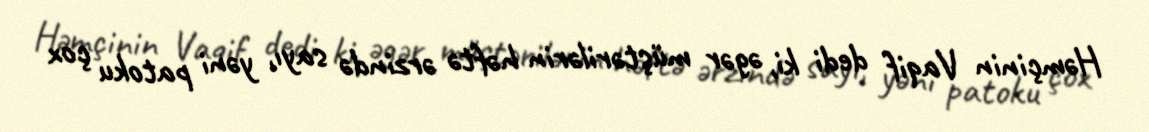
Həmçinin Vaqif dedi ki, əgər müştərilərin həftə ərzində sayı, yəni patoku çox